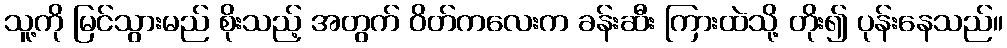
သူ့ကို မြင်သွားမည် စိုးသည့် အတွက် ဝိတ်ကလေးက ခန်းဆီး ကြားထဲသို့ တိုး၍ ပုန်းနေသည်။